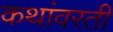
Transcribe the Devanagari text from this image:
कथांवरती